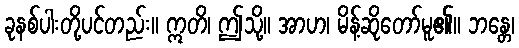
ခုနစ်ပါးတို့ပင်တည်း။ ဣတိ၊ ဤသို့။ အာဟ၊ မိန့်ဆိုတော်မူ၏။ ဘန္တေ၊